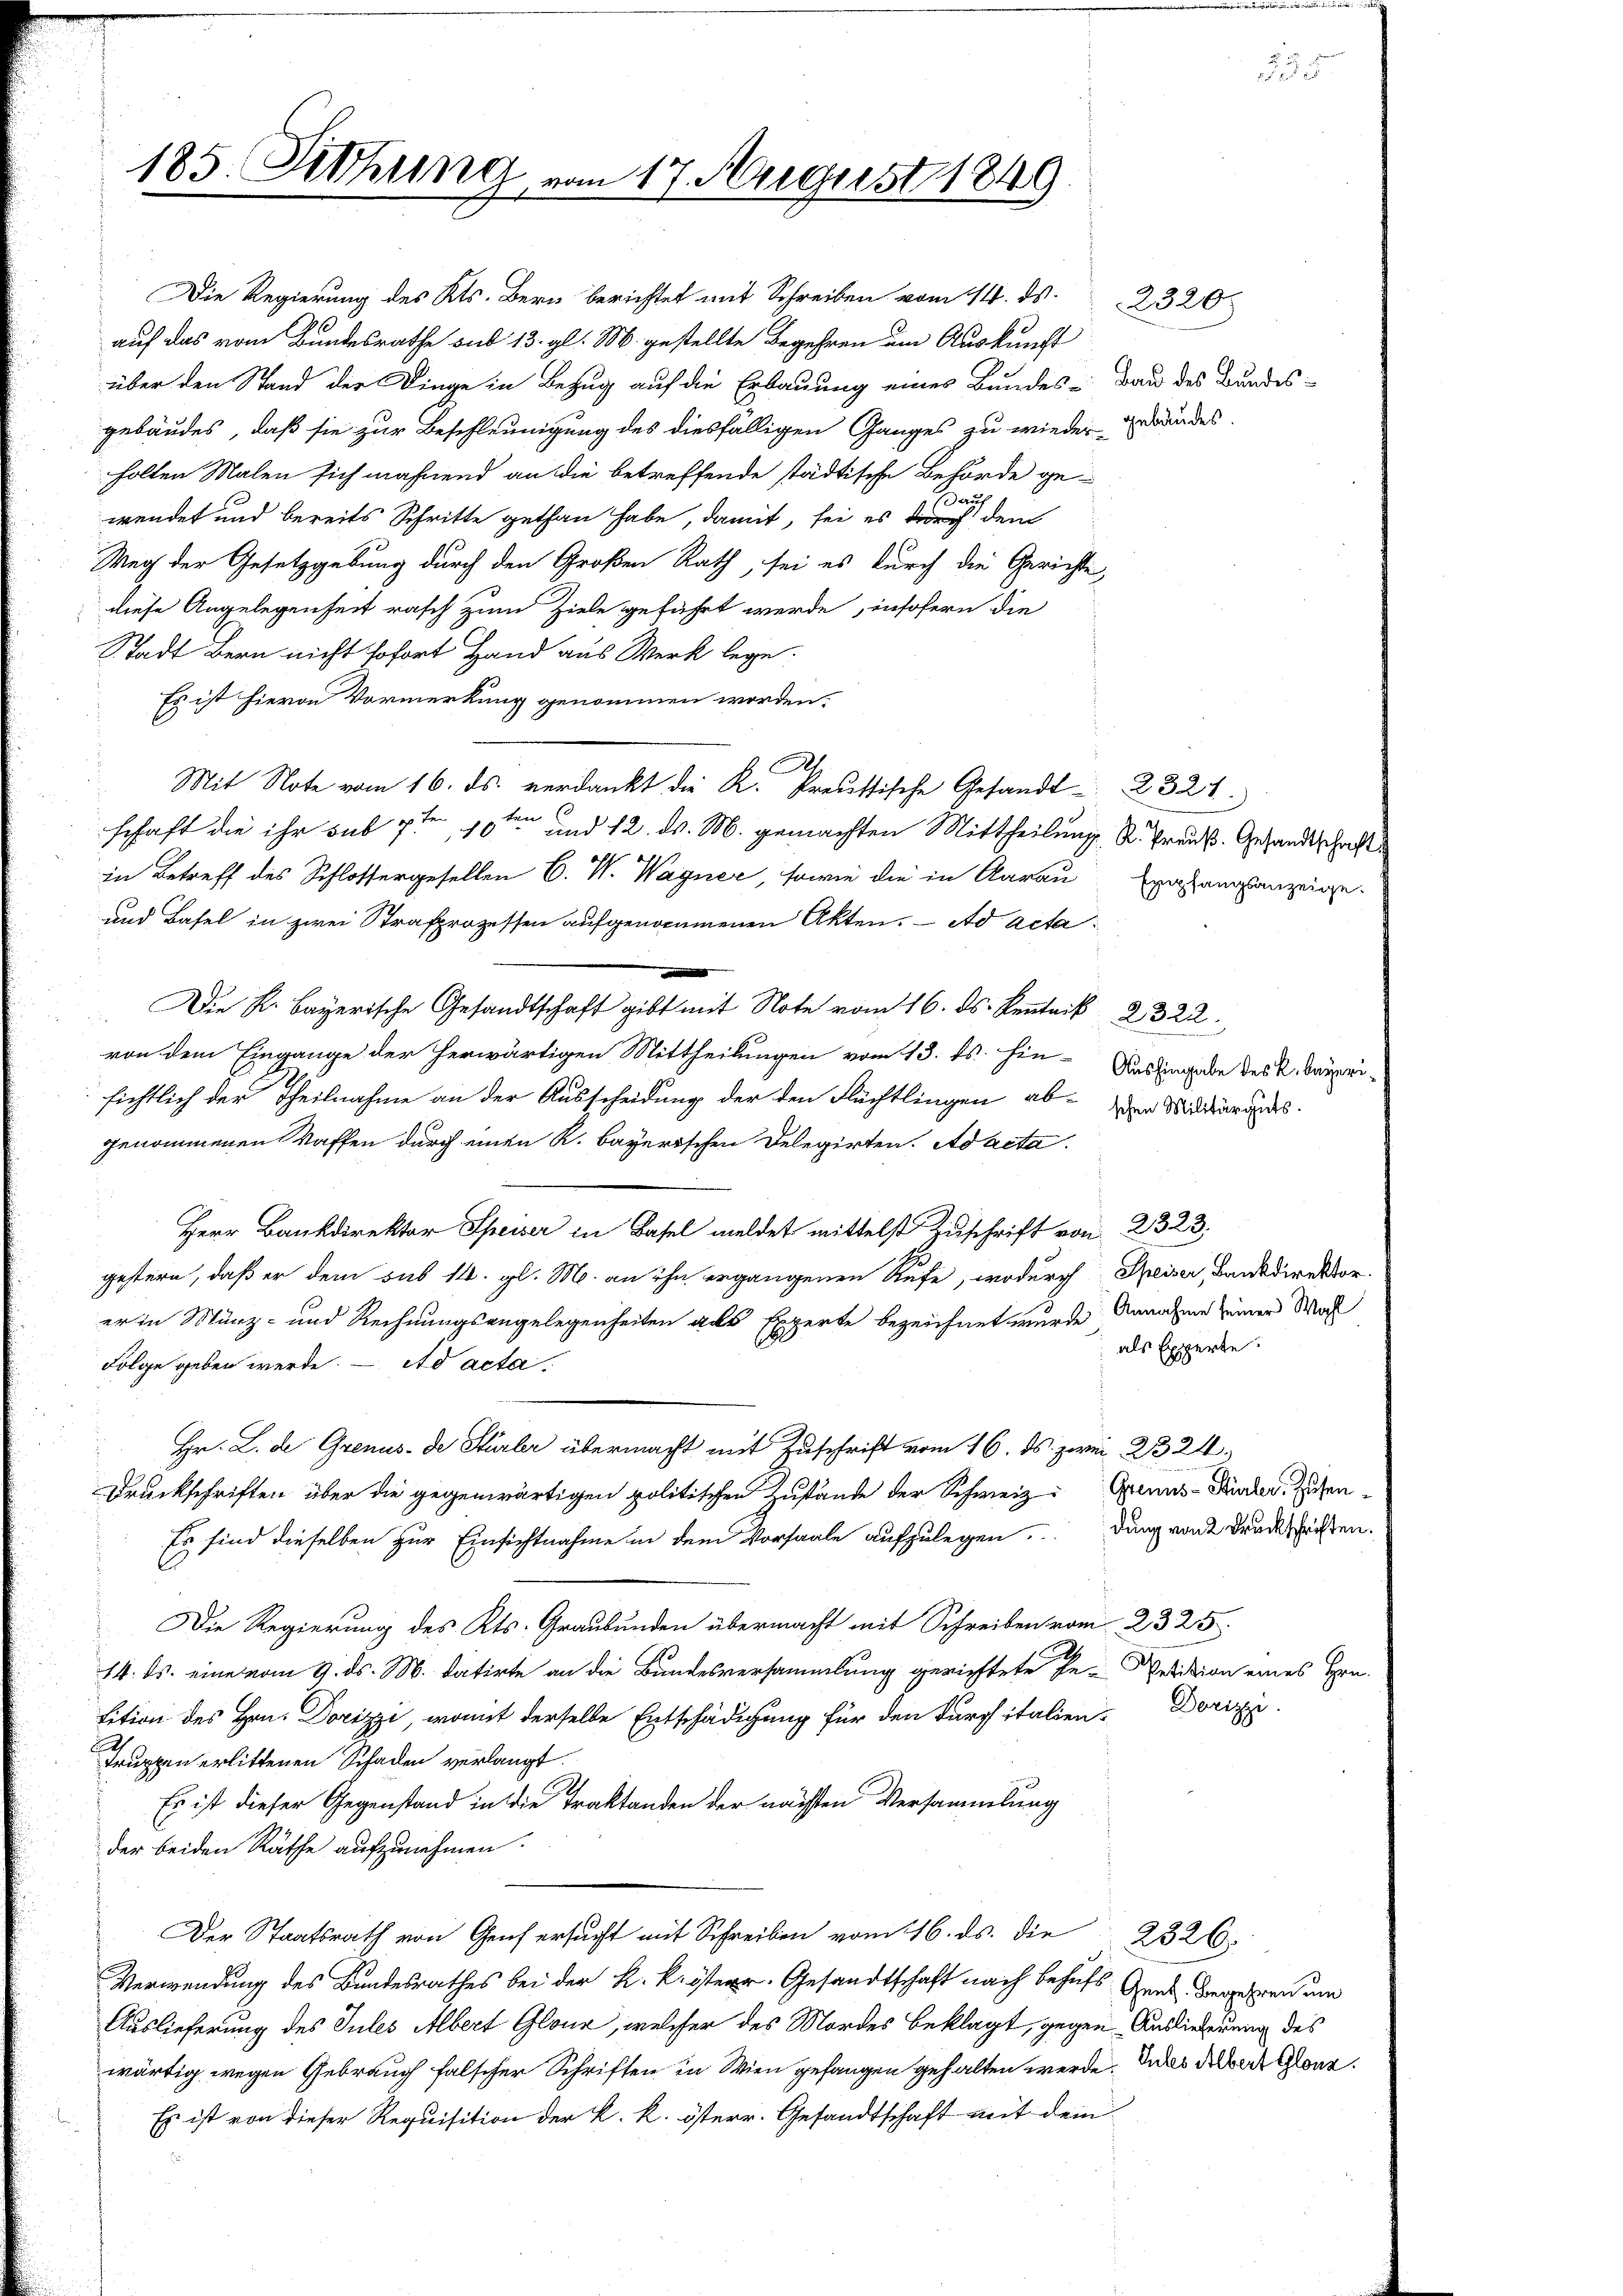
185. Sethung vom 17. August 1849

über den Stand der Dinge in Bezug auf die Erbauung eines Bundes-Bau des Bundes-
gebäudes, daß sie zur Beschleunigung des diesfälligen Ganges zu wiederwandes.
holten Malen sich maßend an die betreffende städtische Behörde ge-
aus
wendet und bereits Schritte gethan habe, damit, sei es durch den
Weg der Gesetzgebung durch den Großen Rath, sei es durch die Gerichte,
diese Angelegenheit rasch zum Ziele geführt werde, insofern die
Stadt Bern nicht sofort Hand aus Werk lege.
Es ist hievon Vormerkung genommen worden.
Mit Note vom 16. ds. verdankt die K. Preussische Gesandt 2321.
E
schaft die ihr sub 7ten, 10ten und 12. d. M. gemachten Mittheilung, K. Preuß. Gesandtschaft
in Betreff des Schlossergesellen C. W. Wagner, sowie die in Aarau Exahungsanzeige
und Basel in zwei Strafprozessen aufgenommenen Akten. Ad acta
e
.t No. 322.
von dem Eingange der herwärtigen Mittheilungen vom 13. ds. hin-Aushingabe des K. Bauprisichtlich der Theilnahme an der Ausscheidung der den Flüchtlingen aber Militärands
genommenen Waffen durch einen K. Bayerischen Delegirten. Ad acta
Herr Bankdirektor Speiser in Basel meldet mittelst Zuschrift von 2323;
gestern, daß er dem sub 14. gl. M. an ihn ergangenen Rufe, wodurch Speiser, Bankdirektor.
er in Münz- und Rechnungsangelegenheiten als Experte bezeichnet wurde, Annahme seiner Woch
als Experte.
Folge geben werde. — Ad acta,
Hr. L. de Grenus de Stürler übermacht mit Zuschrift vom 16. ds. pr 23 24
Druckschriften über die gegenwärtigen politischen Zustände der Schweiz. Genus-Stadts. Zehen¬
Es sind dieselben zur Einsichtnahme in dem Vorsaale aufzulegendung von Drucksichten.
Die Regierung des Kts. Graubünden übermacht mit Schreiben vom 23. 25.
14. ds. eine vom 9. ds. M. datirte an die Bundesversammlung gerichtete Pe-Petition eines Hrn.
tition des Hrn. Dorizzi, womit derselbe Entschädigung für den durch italien- Dorizzi
Truppen erlittenen Schaden verlangt.
Es ist dieser Gegenstand in die Traktanden der nächsten Versammlung
der beiden Räthe aufzunehmen.
Der Staatsrath von Genf ersucht mit Schreiben vom 16. ds. die 2326.
Verwendung des Bundesrathes bei der k. k. österr. Gesandtschaft nach behufs Gens Begehren um
Auslieferung des Jules Albert Glone, welcher des Mordes Beklagt, gegen Auslieferung des
wärtig wegen Gebrauch falscher Schriften in Wien gefangen gehalten werde. Das dabei Glanz¬
Es ist von dieser Requisition der k. k. österr. Gesandtschaft mit dem

Die Regierung des Kts. Bern berichtet mit Schreiben vom 14. ds. 2320
auf das vom Bundesrathe sub 13. gl. M. gestellte Begehren um Auskunft